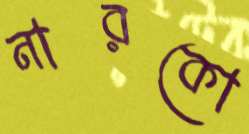
নারকো